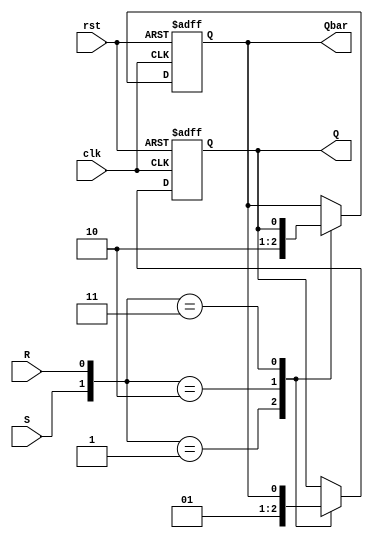
module SRFF(S,R,clk,rst,Q,Qbar);
input S,R,clk,rst;
output reg Q,Qbar;

always@(posedge clk, posedge rst)
begin
if(rst)
begin Q = 0; Qbar = 1; end 
else 
case({S,R})
2'b01 :  begin Q = 0; Qbar = 1; end
2'b10 :  begin Q = 1; Qbar = 0; end
2'b11 :  begin Q <= Qbar; Qbar <= Q; end
endcase
end
endmodule